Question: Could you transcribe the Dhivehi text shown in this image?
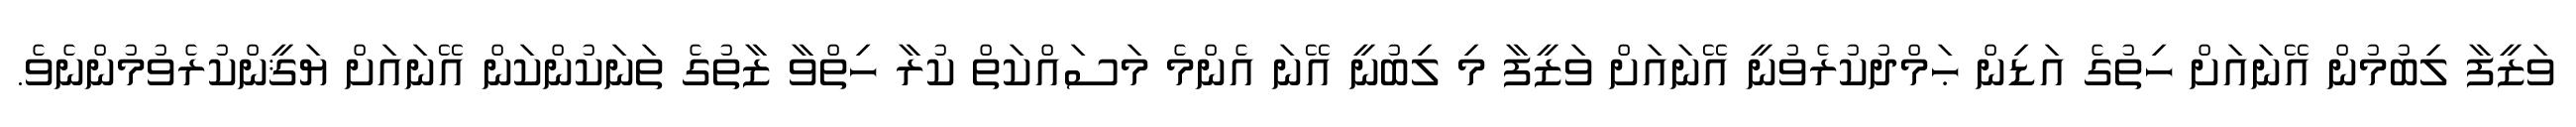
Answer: ވަޒީފާ ލިބުމުން އޭނައަށް ހިތުގެ އަޑިން ޙަމްދުކުރެވުނީ އޭނައަށް ވަޒީފާ މި ލިބުނީ އޭނަ އެންމެ މަސައްކަތް ކުރާ ހިތްވާ ޒާތުގެ ތަނަކުންކަން އޭނައަށް ޔަޤީންކުރެވުމުންނެވެ.